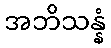
အဘိသန္နံ